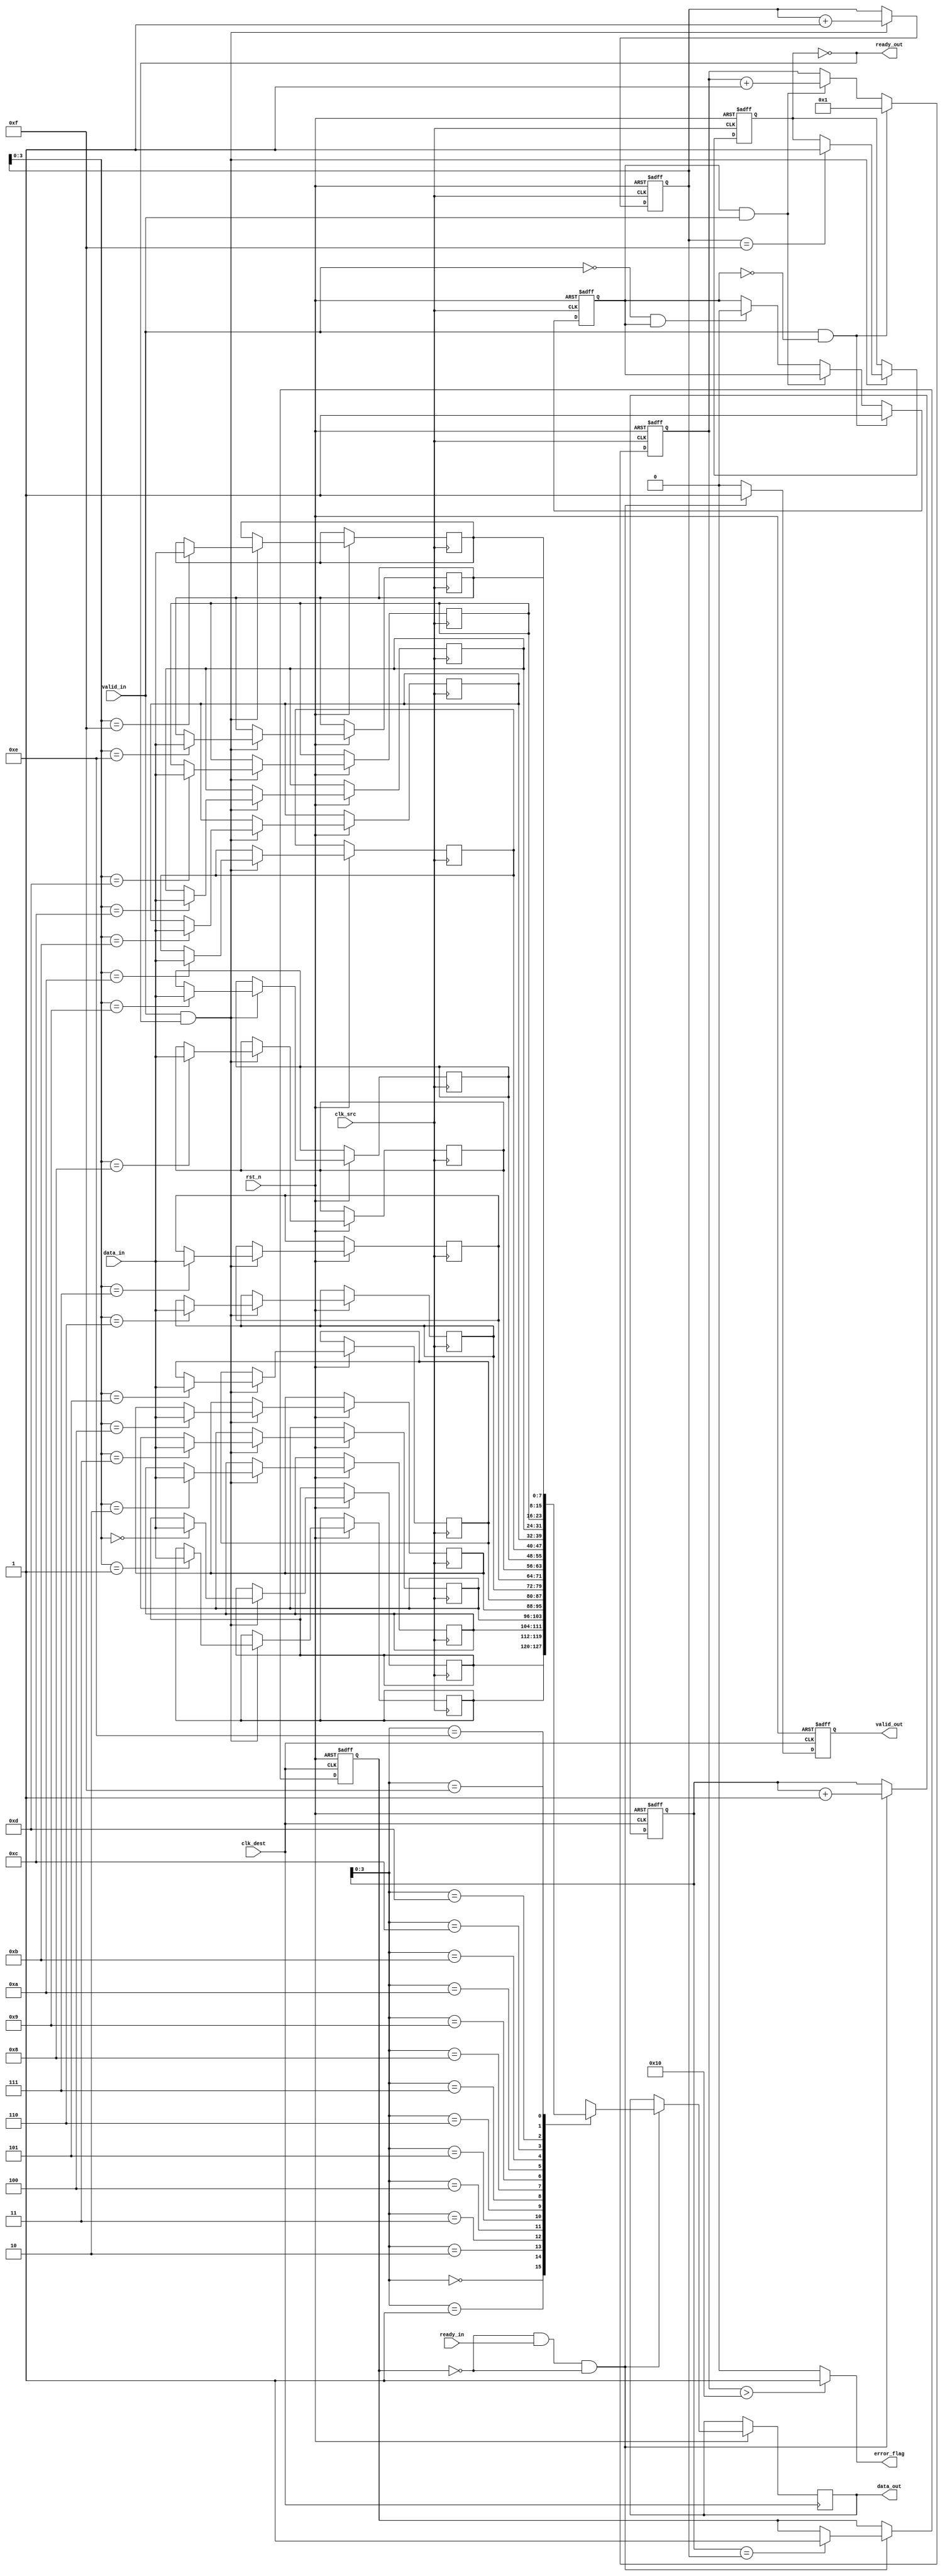
module MemoryBlocksBurstModeSynchronizer #(
    parameter DATA_WIDTH = 8,
    parameter FIFO_DEPTH = 16
)(
    input  wire clk_src,                // Source clock
    input  wire clk_dest,               // Destination clock
    input  wire rst_n,                  // Active low reset
    input  wire [DATA_WIDTH-1:0] data_in, // Data input
    input  wire valid_in,               // Data valid input
    output wire ready_out,              // Ready signal for input
    output wire [DATA_WIDTH-1:0] data_out, // Data output
    output wire valid_out,              // Data valid output
    input  wire ready_in,               // Ready signal for output
    output wire error_flag              // Error flag
);

    // Internal Signals
    reg [DATA_WIDTH-1:0] fifo_mem [0:FIFO_DEPTH-1];
    reg [4:0] write_ptr, read_ptr;
    reg [3:0] burst_counter;
    reg burst_detected;
    reg fifo_full, fifo_empty;
    
    // Control Signals
    reg write_enable, read_enable;

    // FIFO Write Logic
    always @(posedge clk_src or negedge rst_n) begin
        if (!rst_n) begin
            write_ptr <= 0;
            fifo_full <= 0;
        end else if (valid_in && !fifo_full) begin
            fifo_mem[write_ptr] <= data_in;
            write_ptr <= write_ptr + 1;
            if (write_ptr == FIFO_DEPTH - 1) begin
                fifo_full <= 1;
            end
        end
    end

    // FIFO Read Logic
    always @(posedge clk_dest or negedge rst_n) begin
        if (!rst_n) begin
            read_ptr <= 0;
            fifo_empty <= 1;
        end else if (read_enable && !fifo_empty) begin
            read_ptr <= read_ptr + 1;
            if (read_ptr == write_ptr) begin
                fifo_empty <= 1;
            end
        end
    end

    // Burst Detection Logic
    always @(posedge clk_src or negedge rst_n) begin
        if (!rst_n) begin
            burst_counter <= 0;
            burst_detected <= 0;
        end else if (valid_in && !burst_detected) begin
            burst_detected <= 1;
            burst_counter <= 1;
        end else if (burst_detected && valid_in) begin
            burst_counter <= burst_counter + 1;
        end else if (!valid_in && burst_detected) begin
            burst_detected <= 0;
        end
    end

    // Data Synchronization Logic
    always @(posedge clk_dest or negedge rst_n) begin
        if (!rst_n) begin
            valid_out <= 0;
        end else begin
            if (read_enable && !fifo_empty) begin
                data_out <= fifo_mem[read_ptr];
                valid_out <= 1;
            end else begin
                valid_out <= 0;
            end
        end
    end

    // Control Signals
    assign ready_out = !fifo_full;
    assign read_enable = !fifo_empty && ready_in;

    // Error Handling Logic
    assign error_flag = (burst_counter > FIFO_DEPTH) ? 1'b1 : 1'b0;

endmodule